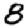
Digit: 8